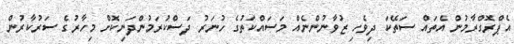
އެޕްރޮގްރާމުން އެތައް ސަތޭކަ ދިވެހި ޒުވާނުންނެއް މަސައްކަތުގެ ހުނަރު ދަސްކުރަމުންދަނިކޮށް މިހާރުގެ ސަރުކާރުން